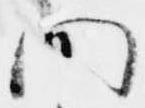
問